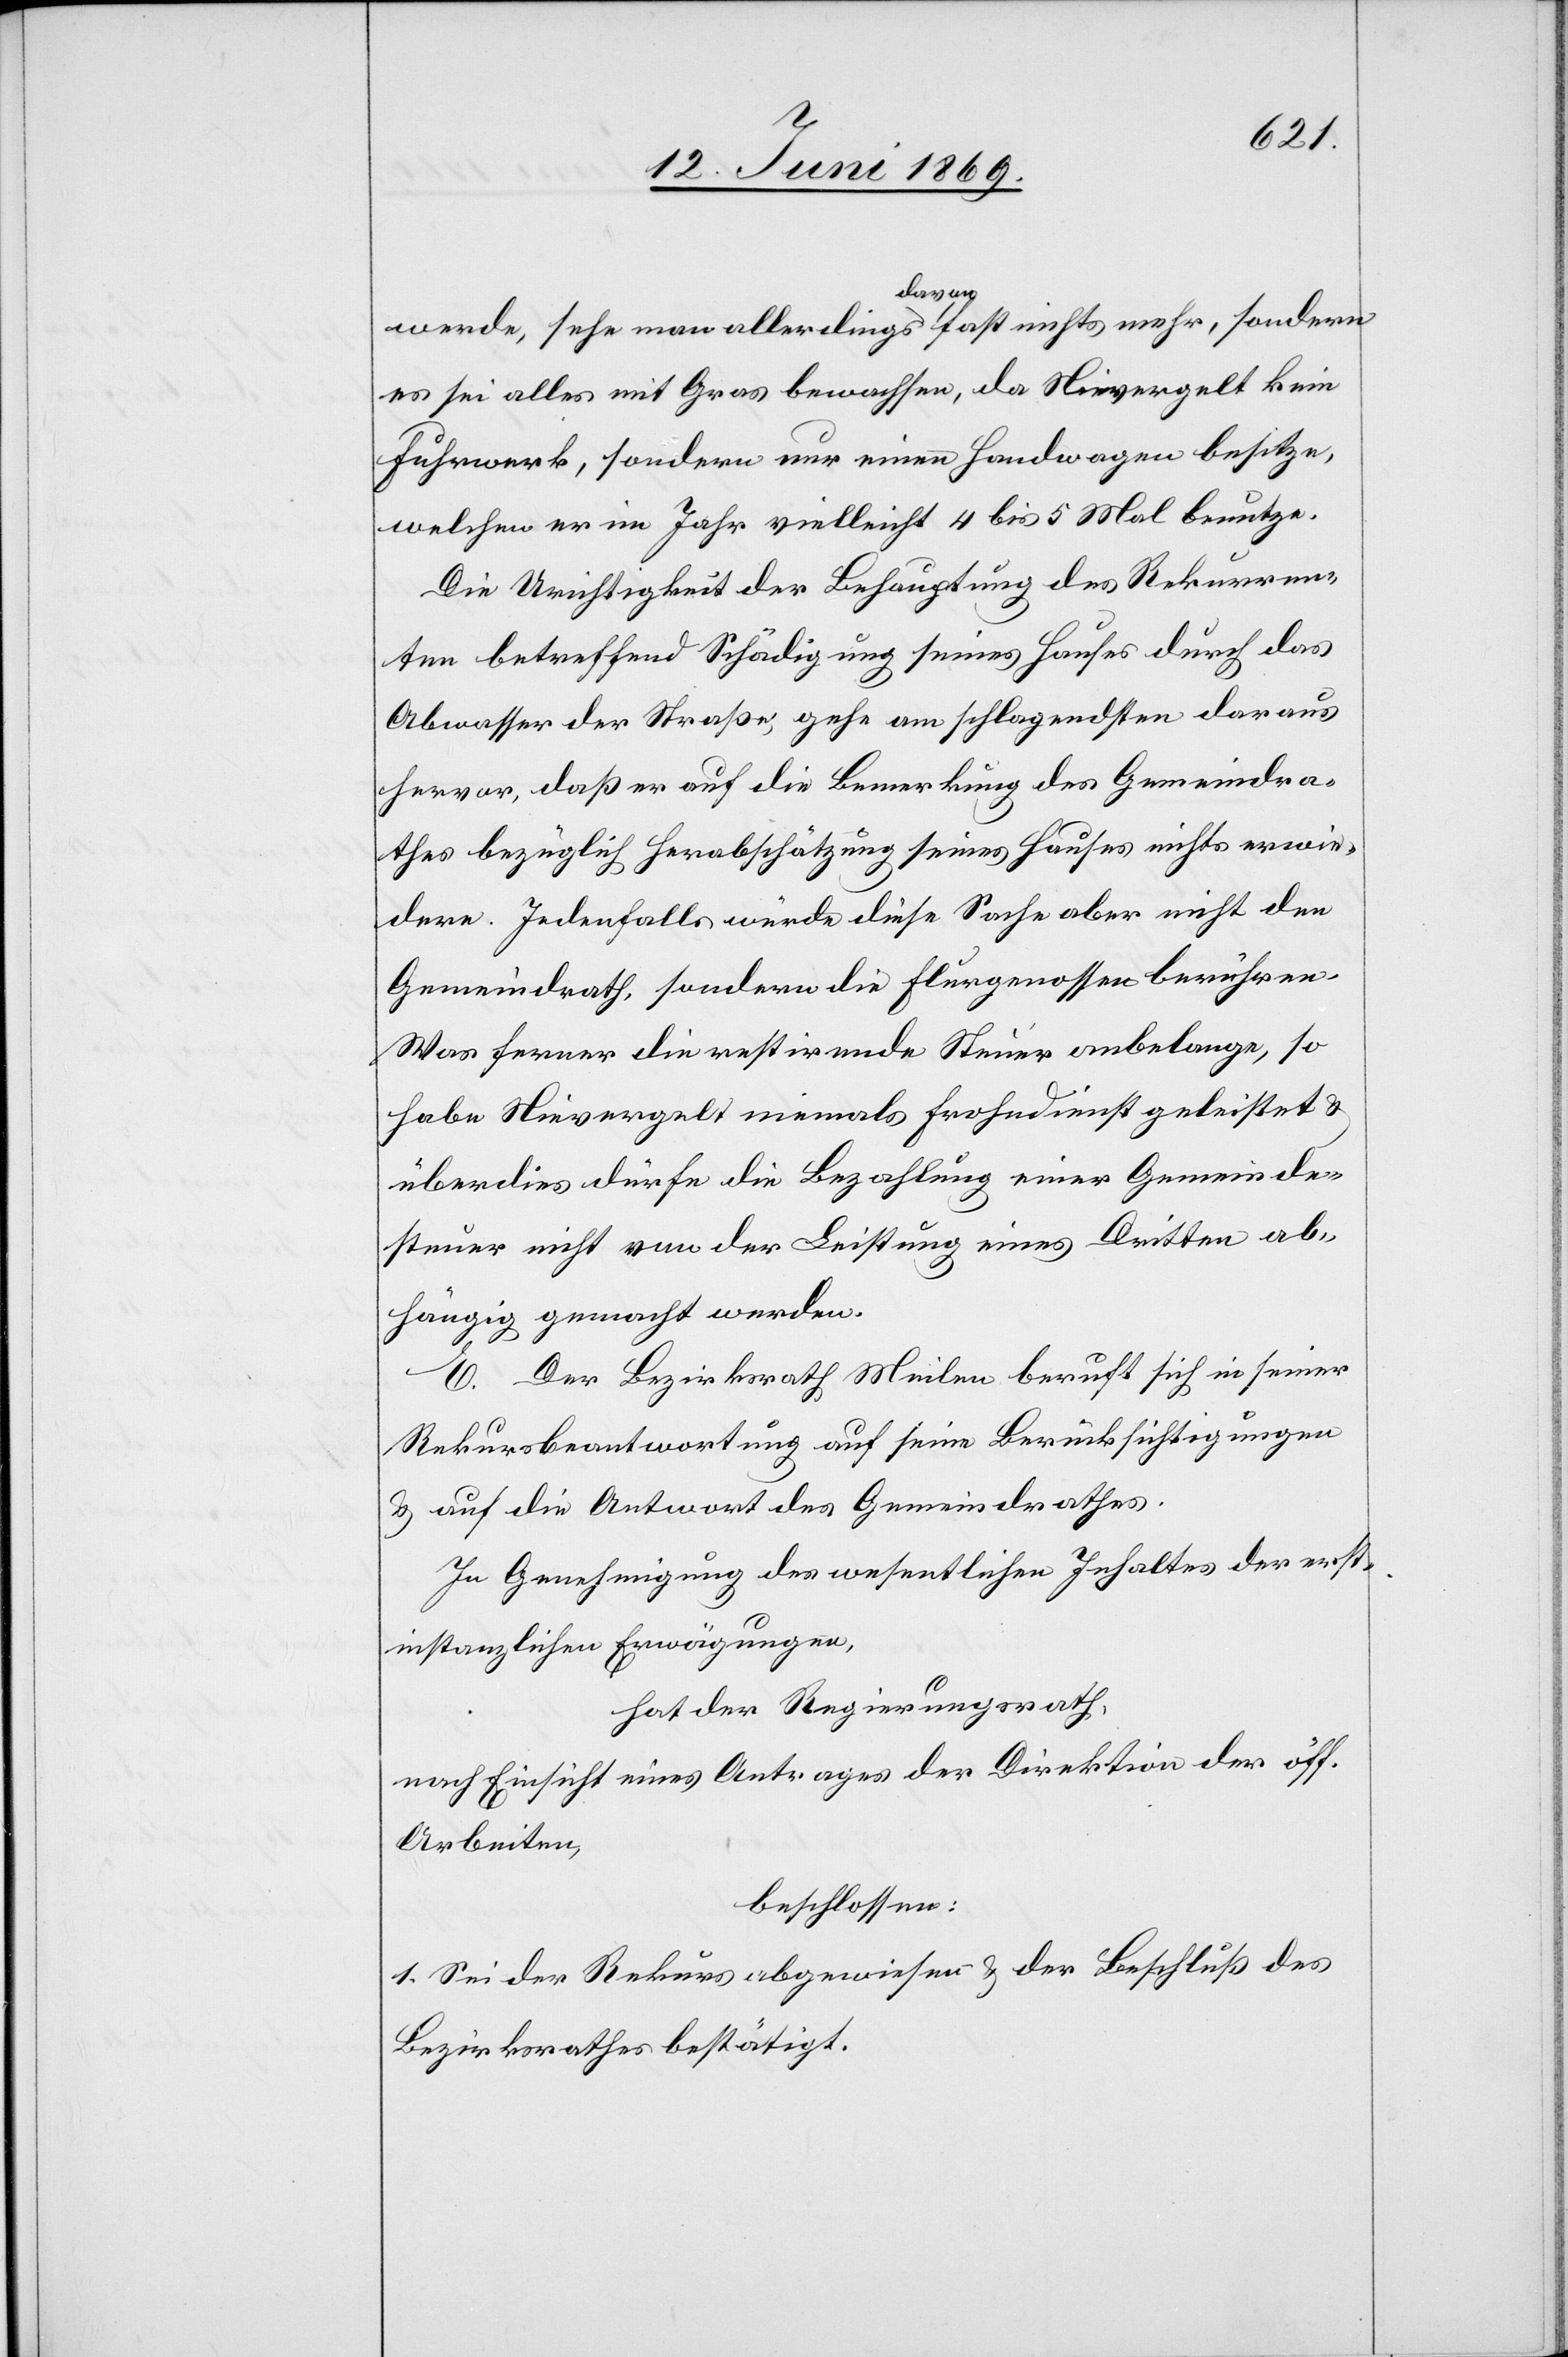
werde, sehe man allerdings davon fast nichts mehr, sondern
es sei alles mit Gras bewachsen, da Nievergelt kein
Fuhrwerk, sondern nur einen Handwagen besitze,
welchen er im Jahre vielleicht 4 bis 5 Mal benutze.
Die Unrichtigkeit der Behauptung des Rekurren¬
ten betreffend Schädigung seines Hauses durch das
Abwasser der Straße, gehe am schlagendsten daraus
hervor, daß er auf die Bemerkung des Gemeindra¬
thes bezüglich Herabschätzung seines Hauses nichts erwie¬
dere. Jedenfalls würde diese Sache aber nicht den
Gemeindrath, sondern die Flurgenossen berühren.
Was ferner die restirende Steuer anbelange, so
habe Nievergelt niemals Frohndienst geleistet u.
überdies dürfe die Bezahlung einer Gemeinde¬
steuer nicht an der Leistung eines Dritten ab¬
hängig gemacht werden.
Der Bezirksrath Meilen beruft sich in seiner
Rekursbeantwortung auf seine Berücksichtigungen
u. auf die Antwort des Gemeindrathes.
In Genehmigung des wesentlichen Inhaltes der erst¬
instanzlichen Erwägungen,
hat der Regierungsrath,
nach Einsicht eines Antrages der Direktion der öff.
Arbeiten,
beschlossen:
1. Sei der Rekurs abgewiesen u. der Beschluß des
Bezirksrathes bestätigt.